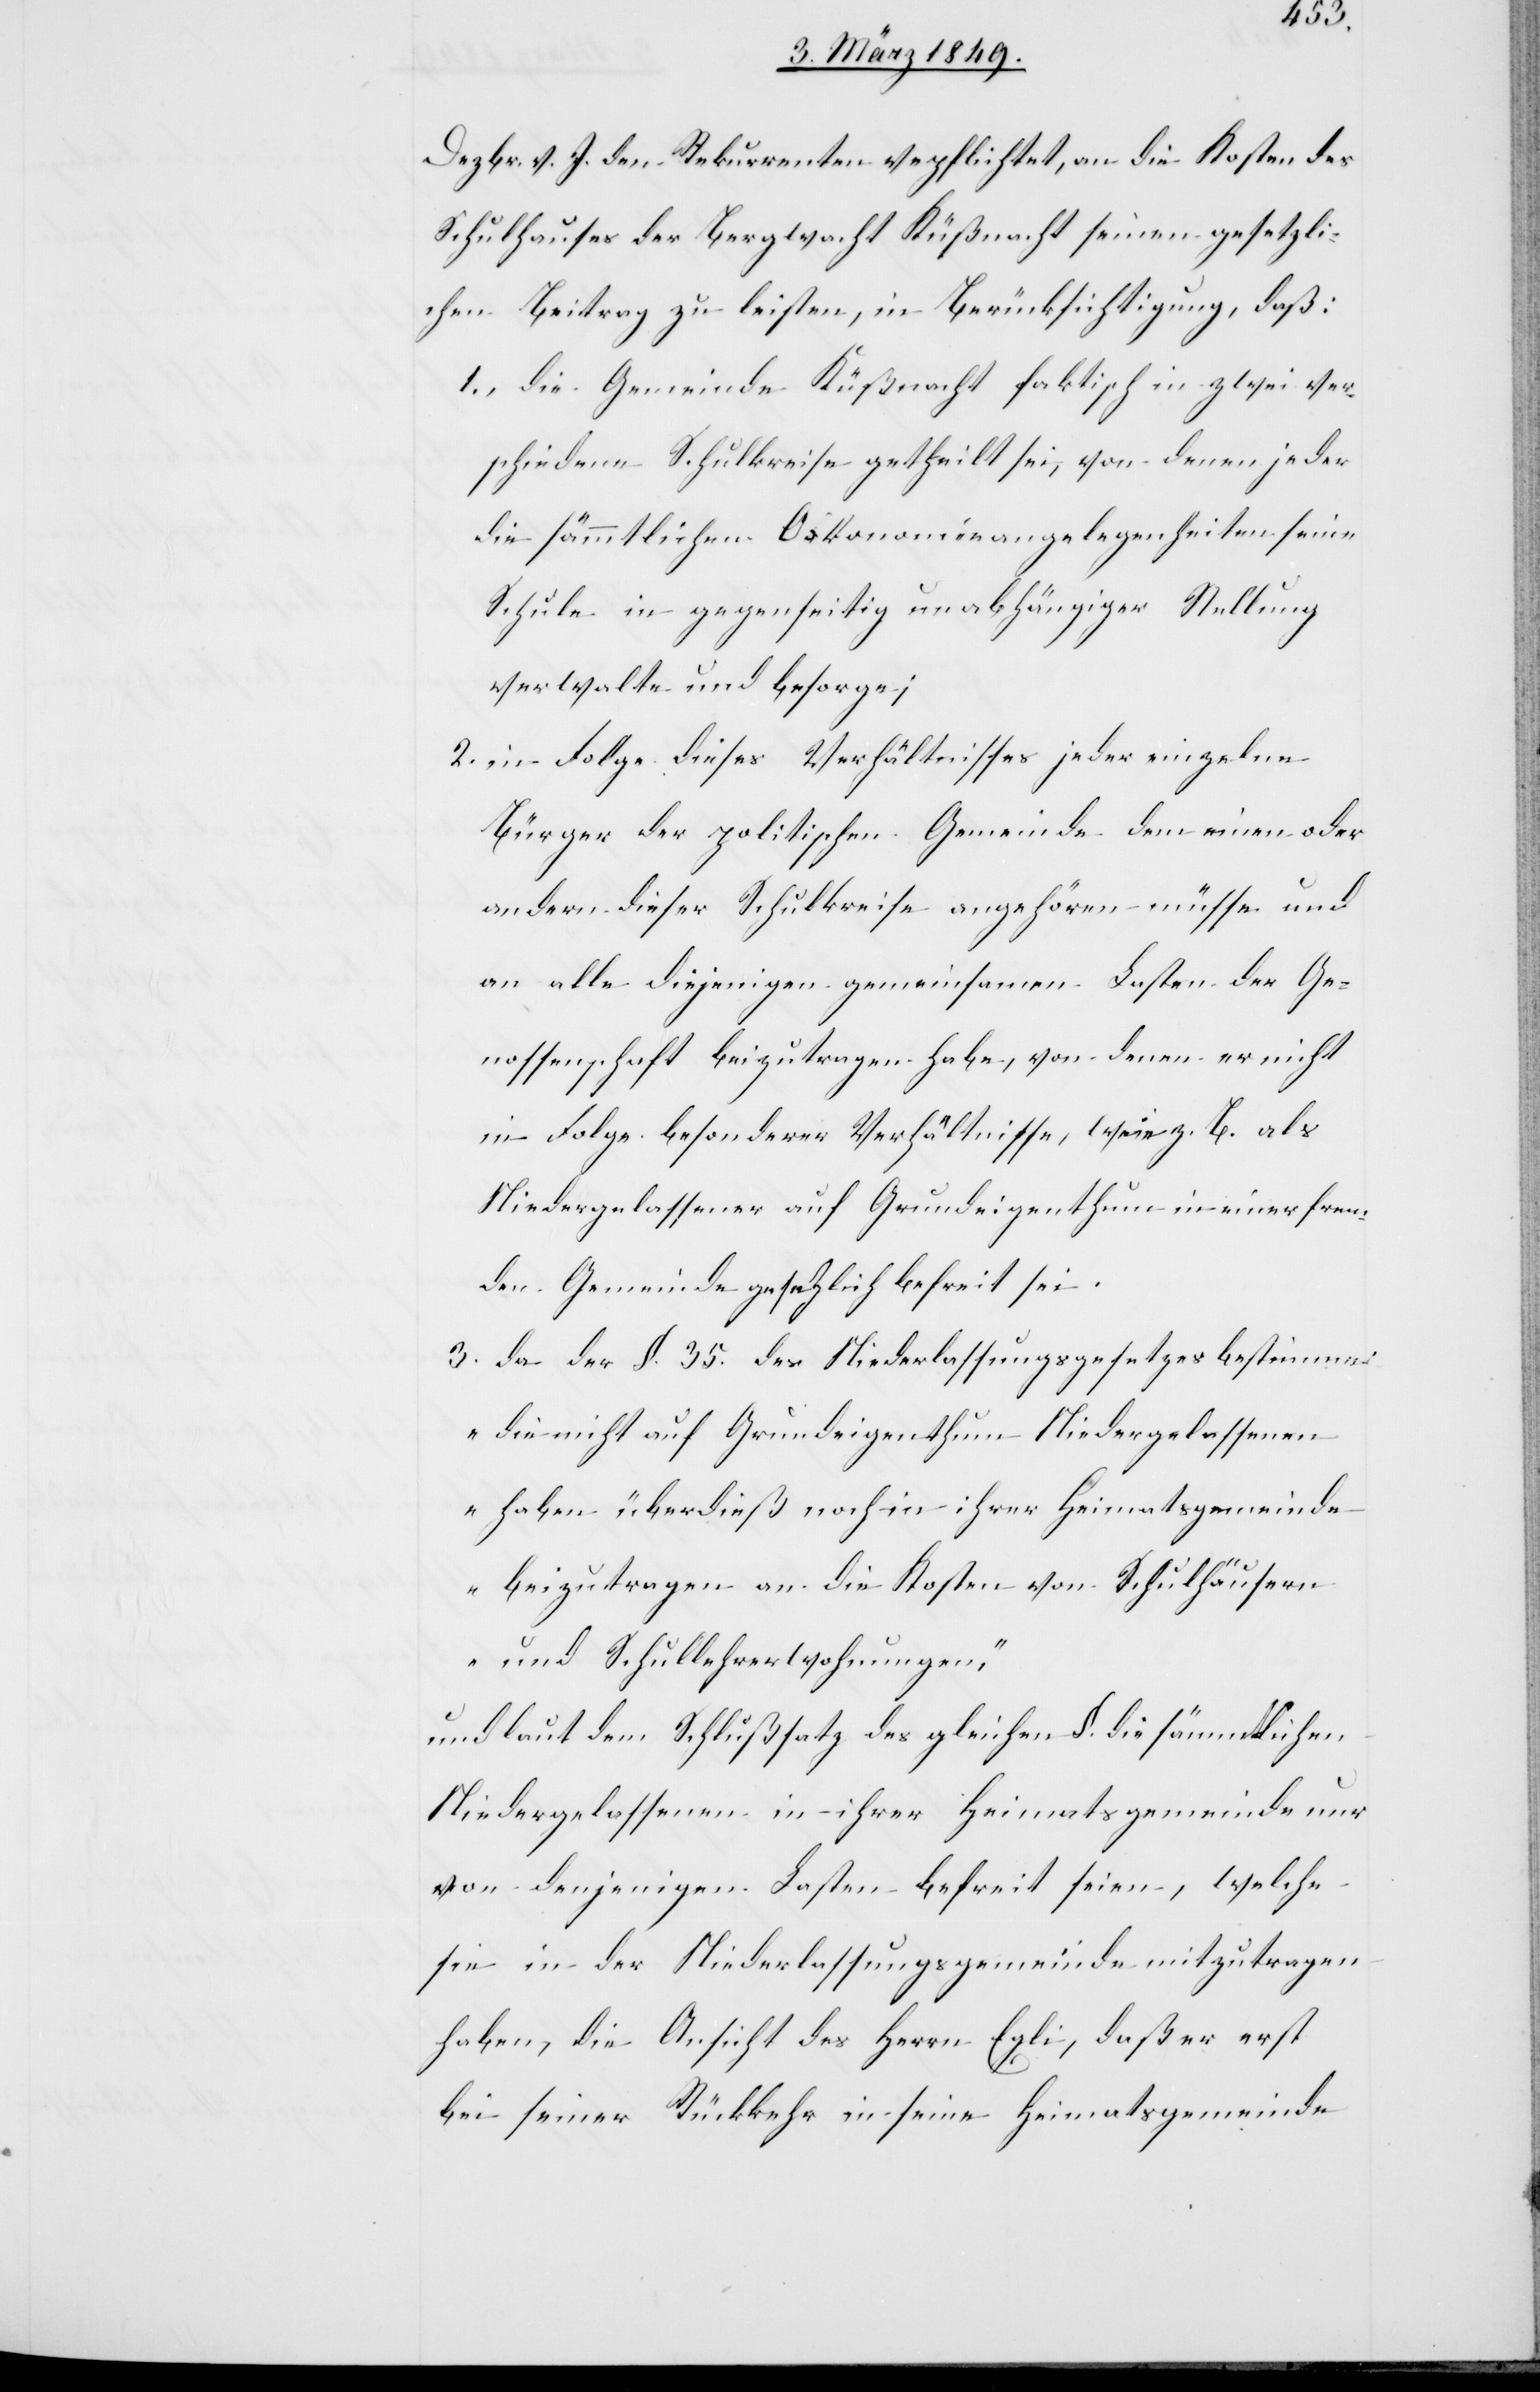
Dezbr. v. J. den Rekurrenten verpflichtet, an die Kosten des
Schulhauses der Bergwacht Küßnacht seinen gesetzli¬
chen Beitrag zu leisten, in Berücksichtigung, daß:
1. die Gemeinde Küßnacht faktisch in zwei ver¬
schiedene Schulkreise getheilt sei, von denen jeder
die sämmtlichen O[?e]konomieangelegenheiten seine[r]
Schule in gegenseitig unabhängiger Stellung
verwalte und besorge;
2. in Folge dieses Verhältnisses jeder einzelne
Bürger der politischen Gemeinde dem einen oder
andern dieser Schulkreise angehören müsse und
an alle diejenigen gemeinsamen Lasten der Ge¬
nossenschaft beizutragen habe, von denen er nicht
in Folge besonderer Verhältnisse, wie z. B. als
Niedergelassener auf Grundeigenthum in einer frem¬
den Gemeinde gesetzlich befreit sei.
3. da der §. 35. des Niederlassungsgesetzes bestimme:
„die nicht auf Grundeigenthum Niedergelassenen
haben überdieß noch in ihrer Heimatsgemeinde
beizutragen an die Kosten von Schulhäusern
und Schullehrerwohnungen,“
und laut dem Schlußsatz des gleichen §. die sämmtlichen
Niedergelassenen in ihrer Heimatsgemeinde nur
von denjenigen Lasten befreit seien, welche
sie in der Niederlassungsgemeinde mitzutragen
haben, die Ansicht des Herrn Egli, daß er erst
bei seiner Rückkehr in seine Heimatsgemeinde